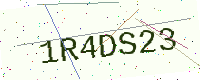
Text: 1R4DS23